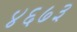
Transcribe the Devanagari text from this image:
४६७३